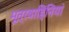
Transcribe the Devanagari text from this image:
मूत्रवाहिनियां